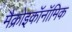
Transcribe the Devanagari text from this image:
मैक्रोइकॉनॉमिक